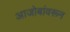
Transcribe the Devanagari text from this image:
आजोबांवरून